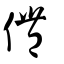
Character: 㒥